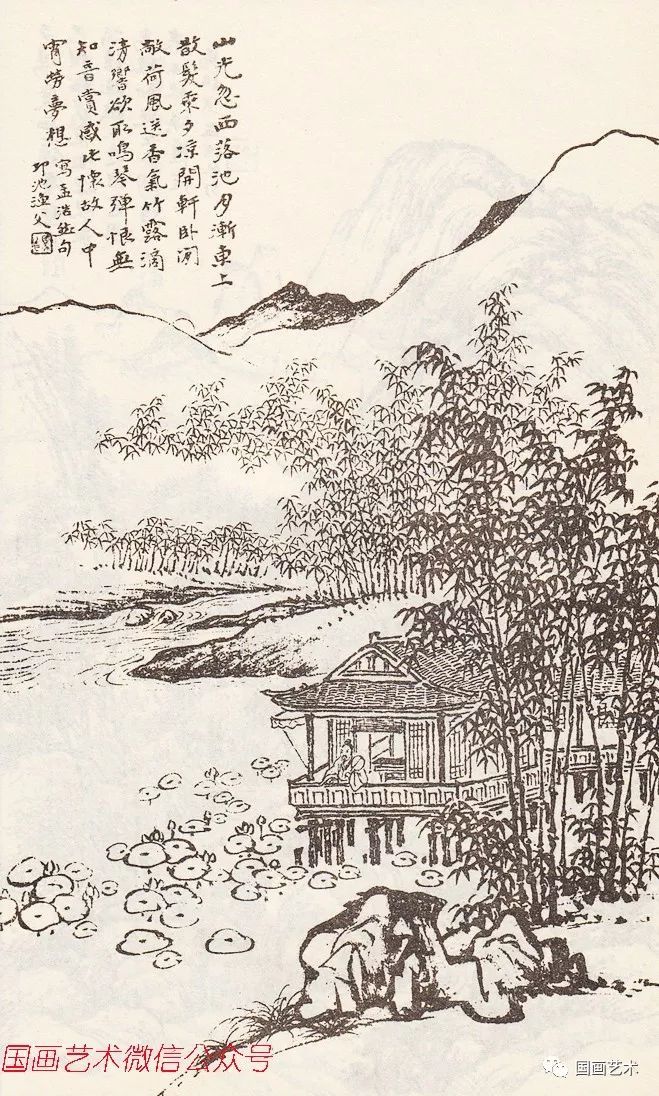
山光忽西落，池月渐东上。